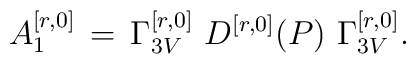
A_1^{[r,0]}\,=\,\Gamma_{3V}^{[r,0]}\ D^{[r,0]}(P)\ \Gamma_{3V}^{[r,0]}.